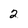
Character: 2